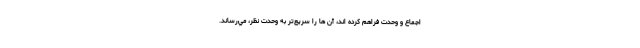
اجماع و وحدت فراهم كرده اند، آن ها را سريع‌تر به وحدت نظر، مي‌رساند.